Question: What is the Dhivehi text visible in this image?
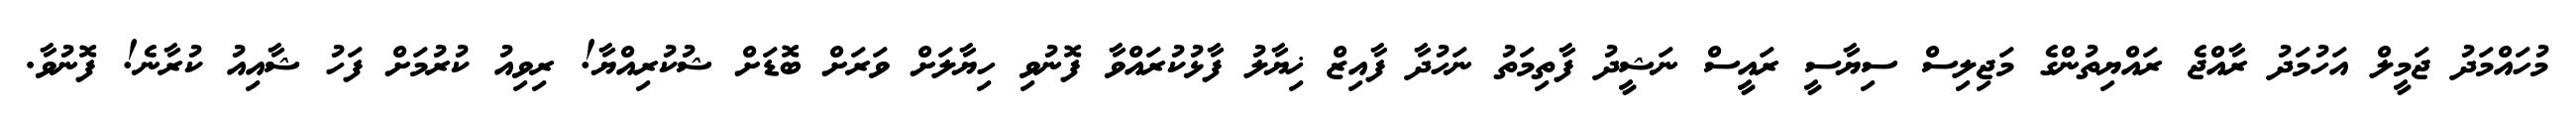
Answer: މުހައްމަދު ޖަމީލް އަހުމަދު ރާއްޖެ ރައްޔިތުންގެ މަޖިލިސް ސިޔާސީ ރައީސް ނަޝީދު ފާތިމަތު ނަހުދާ ފާއިޒް ޚިޔާލު ފާޅުކުރައްވާ ފޮނުވި ހިޔާލަށް ވަރަށް ބޮޑަށް ޝުކުރިއްޔާ! ރިވިއު ކުރުމަށް ފަހު ޝާއިއު ކުރާނެ! ފޮނުވާ.